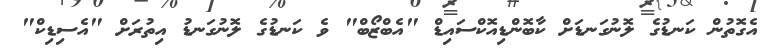
އެގޮތުން ކަނޑުގެ ލޮނުގަނޑަށް ކާބޮންޑިއޮކްސައިޑް "އެބްޒޯބް" ވެ ކަނޑުގެ ލޮނުގަނޑު އިތުރަށް "އެސިޑިކް"